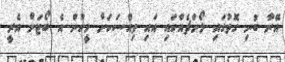
އޭނާ ބުނި ގޮތުގައި ލޯންޗެއްގައި އައި ވިއްސަކަށް މީހުން އެ ބޯޓަށް އެރީ